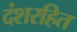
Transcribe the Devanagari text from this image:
दंशरहित